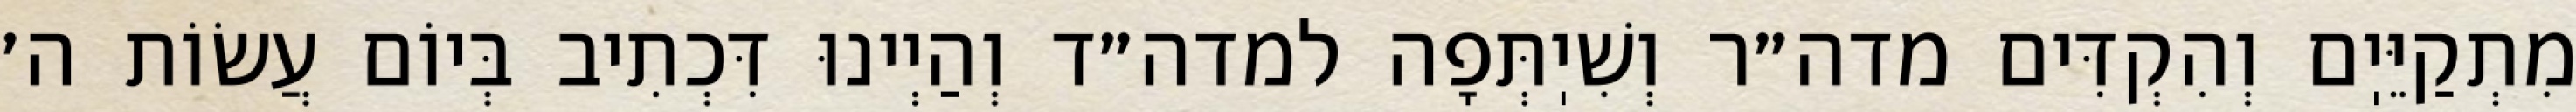
מִתְקַיֵּיֽם וְהִקְדִּים מדה״ר וְשִׁיֽתְּפָה למדה״ד וְהַיְינוּ דִּכְתִיב בְּיוֹם עֲשׂוֹת ה׳